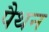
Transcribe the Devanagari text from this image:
पैथन